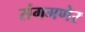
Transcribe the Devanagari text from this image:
संगमणेर